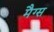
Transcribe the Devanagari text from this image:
मैग्स